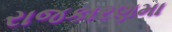
રાજકારણમા